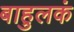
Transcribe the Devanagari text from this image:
बाहुलकं